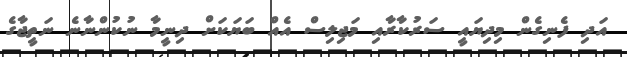
އަދި ފެނިގެން މިދިޔައީ ސަރުކާރާއި މަޖިލިސް އެއް ބަޔަކަށް ދިނީމާ ނުކުންނާނެ ނަތީޖާގެ